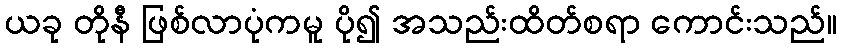
ယခု တိုနီ ဖြစ်လာပုံကမူ ပို၍ အသည်းထိတ်စရာ ကောင်းသည်။